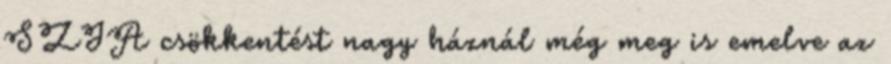
SZJA csökkentést nagy háznál még meg is emelve az